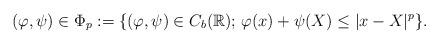
LaTeX: \begin{align*}(\varphi,\psi)\in \Phi_p:=\{(\varphi,\psi)\in C_b(\mathbb R);\, \varphi(x)+\psi(X)\leq |x-X|^p\}.\end{align*}